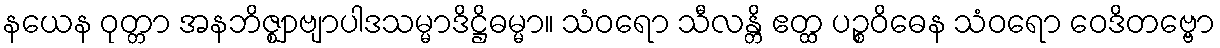
နယေန ဝုတ္တာ အနဘိဇ္ဈာဗျာပါဒသမ္မာဒိဋ္ဌိဓမ္မာ။ သံဝရော သီလန္တိ ဧတ္ထ ပဉ္စဝိဓေန သံဝရော ဝေဒိတဗ္ဗော